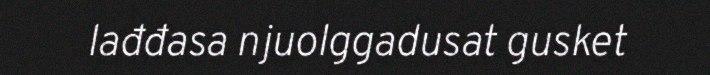
lađđasa njuolggadusat gusket